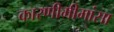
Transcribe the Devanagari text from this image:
कारणीमीमांसा